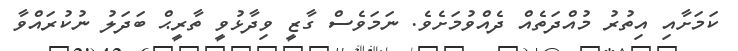
ކަމަށާއި އިތުރު މުއްދަތެއް ދެއްވުމަށެވެ. ނަމަވެސް ގާޒީ ވިދާޅުވީ ތާރީޙް ބަދަލު ނުކުރައްވާ